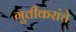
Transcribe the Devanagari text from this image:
गुत्तीकरांचे